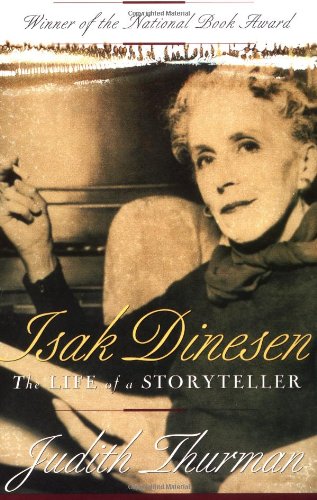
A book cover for Isak Dinesen: The Life of a Storyteller; Judith Thurman; Literature & Fiction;